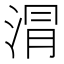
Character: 𣶀